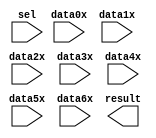
// megafunction wizard: %LPM_MUX%VBB%
// GENERATION: STANDARD
// VERSION: WM1.0
// MODULE: LPM_MUX 

// ============================================================
// Megafunction Name(s):
// 			LPM_MUX
//
// Simulation Library Files(s):
// 			lpm
// ============================================================
// ************************************************************
// THIS IS A WIZARD-GENERATED FILE. DO NOT EDIT THIS FILE!
//
// 19.1.0 Build 670 09/22/2019 SJ Lite Edition
// ************************************************************

//Copyright (C) 2019  Intel Corporation. All rights reserved.
//Your use of Intel Corporation's design tools, logic functions 
//and other software and tools, and any partner logic 
//functions, and any output files from any of the foregoing 
//(including device programming or simulation files), and any 
//associated documentation or information are expressly subject 
//to the terms and conditions of the Intel Program License 
//Subscription Agreement, the Intel Quartus Prime License Agreement,
//the Intel FPGA IP License Agreement, or other applicable license
//agreement, including, without limitation, that your use is for
//the sole purpose of programming logic devices manufactured by
//Intel and sold by Intel or its authorized distributors.  Please
//refer to the applicable agreement for further details, at
//https://fpgasoftware.intel.com/eula.

module MUX7 (
	data0x,
	data1x,
	data2x,
	data3x,
	data4x,
	data5x,
	data6x,
	sel,
	result);

	input	[15:0]  data0x;
	input	[15:0]  data1x;
	input	[15:0]  data2x;
	input	[15:0]  data3x;
	input	[15:0]  data4x;
	input	[15:0]  data5x;
	input	[15:0]  data6x;
	input	[2:0]  sel;
	output	[15:0]  result;

endmodule

// ============================================================
// CNX file retrieval info
// ============================================================
// Retrieval info: PRIVATE: INTENDED_DEVICE_FAMILY STRING "Cyclone IV E"
// Retrieval info: PRIVATE: SYNTH_WRAPPER_GEN_POSTFIX STRING "0"
// Retrieval info: PRIVATE: new_diagram STRING "1"
// Retrieval info: LIBRARY: lpm lpm.lpm_components.all
// Retrieval info: CONSTANT: LPM_SIZE NUMERIC "7"
// Retrieval info: CONSTANT: LPM_TYPE STRING "LPM_MUX"
// Retrieval info: CONSTANT: LPM_WIDTH NUMERIC "16"
// Retrieval info: CONSTANT: LPM_WIDTHS NUMERIC "3"
// Retrieval info: USED_PORT: data0x 0 0 16 0 INPUT NODEFVAL "data0x[15..0]"
// Retrieval info: USED_PORT: data1x 0 0 16 0 INPUT NODEFVAL "data1x[15..0]"
// Retrieval info: USED_PORT: data2x 0 0 16 0 INPUT NODEFVAL "data2x[15..0]"
// Retrieval info: USED_PORT: data3x 0 0 16 0 INPUT NODEFVAL "data3x[15..0]"
// Retrieval info: USED_PORT: data4x 0 0 16 0 INPUT NODEFVAL "data4x[15..0]"
// Retrieval info: USED_PORT: data5x 0 0 16 0 INPUT NODEFVAL "data5x[15..0]"
// Retrieval info: USED_PORT: data6x 0 0 16 0 INPUT NODEFVAL "data6x[15..0]"
// Retrieval info: USED_PORT: result 0 0 16 0 OUTPUT NODEFVAL "result[15..0]"
// Retrieval info: USED_PORT: sel 0 0 3 0 INPUT NODEFVAL "sel[2..0]"
// Retrieval info: CONNECT: @data 0 0 16 0 data0x 0 0 16 0
// Retrieval info: CONNECT: @data 0 0 16 16 data1x 0 0 16 0
// Retrieval info: CONNECT: @data 0 0 16 32 data2x 0 0 16 0
// Retrieval info: CONNECT: @data 0 0 16 48 data3x 0 0 16 0
// Retrieval info: CONNECT: @data 0 0 16 64 data4x 0 0 16 0
// Retrieval info: CONNECT: @data 0 0 16 80 data5x 0 0 16 0
// Retrieval info: CONNECT: @data 0 0 16 96 data6x 0 0 16 0
// Retrieval info: CONNECT: @sel 0 0 3 0 sel 0 0 3 0
// Retrieval info: CONNECT: result 0 0 16 0 @result 0 0 16 0
// Retrieval info: GEN_FILE: TYPE_NORMAL MUX7.v TRUE
// Retrieval info: GEN_FILE: TYPE_NORMAL MUX7.inc FALSE
// Retrieval info: GEN_FILE: TYPE_NORMAL MUX7.cmp FALSE
// Retrieval info: GEN_FILE: TYPE_NORMAL MUX7.bsf TRUE
// Retrieval info: GEN_FILE: TYPE_NORMAL MUX7_inst.v FALSE
// Retrieval info: GEN_FILE: TYPE_NORMAL MUX7_bb.v TRUE
// Retrieval info: LIB_FILE: lpm